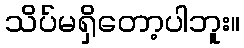
သိပ်မရှိတော့ပါဘူး။